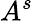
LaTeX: A^{s}